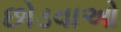
છોડવાઓ